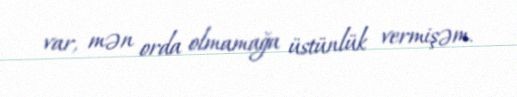
var, mən orda olmamağa üstünlük vermişəm.